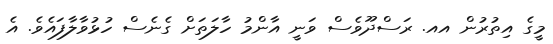
މީގެ އިތުރުން އއ. ރަސްދޫވެސް ވަނީ އާންމު ހާލަތަށް ގެނެސް ހުޅުވާލާފައެވެ. އެ